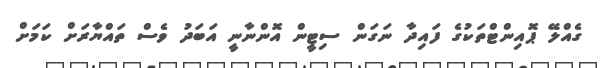
ގެއްލޭ ޕޮއިންޓްތަކުގެ ފައިދާ ނަގަން ސިޓީން އޮންނާނީ އަބަދު ވެސް ތައްޔާރަަށް ކަމަށް